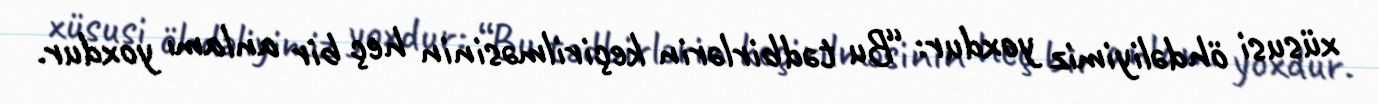
xüsusi öhdəliyimiz yoxdur: “Bu tədbirlərin keçirilməsinin heç bir anlamı yoxdur.